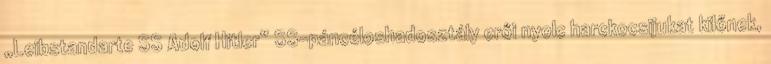
„Leibstandarte SS Adolf Hitler” SS-páncéloshadosztály erői nyolc harckocsijukat kilőnek,